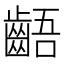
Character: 齬